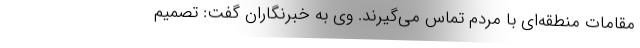
مقامات منطقه‌ای با مردم تماس می‌گیرند. وی به خبرنگاران گفت: تصمیم